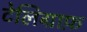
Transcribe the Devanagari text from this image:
टेलिग्राफ़